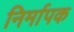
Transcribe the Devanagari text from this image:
निर्मापक